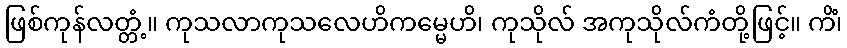
ဖြစ်ကုန်လတ္တံ့။ ကုသလာကုသလေဟိကမ္မေဟိ၊ ကုသိုလ် အကုသိုလ်ကံတို့ဖြင့်။ ကိံ၊